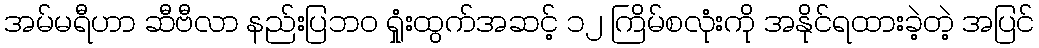
အမ်မရီဟာ ဆီဗီလာ နည်းပြဘ၀ ရှုံးထွက်အဆင့် ၁၂ ကြိမ်စလုံးကို အနိုင်ရထားခဲ့တဲ့ အပြင်